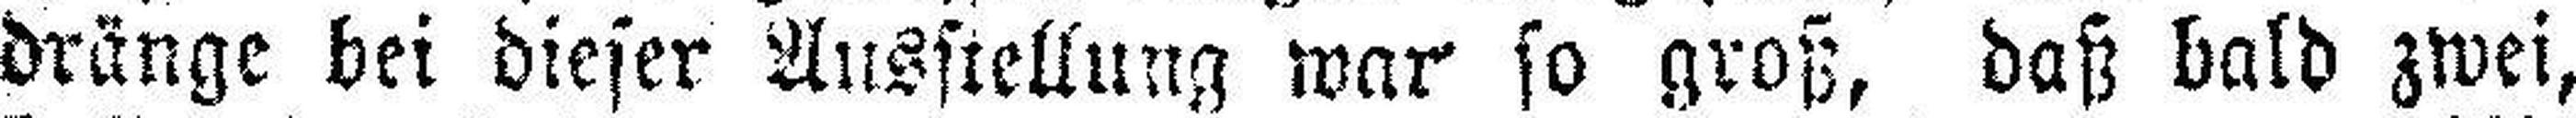
dränge bei dieser Ausstellung waw so groß, daß bald zwei,